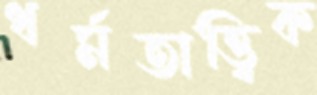
ধর্মতাত্ত্বিক